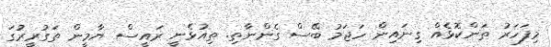
މިފަހަރު ތަންކޮޅެއް ގިނައިން ހަޖަމު ބޭސް ގެންނާތި. ތިއުޅެނީ ރައީސް ޔާމީން ތަގުރީރުގަ